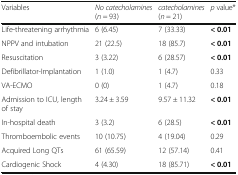
| Variables | No catecholamines(n = 93) | catecholamines(n = 21) | p value* |
 | --- | --- | --- | --- |
 | Life-threatening arrhythmia | 6 (6.45) | 7 (33.33) | < 0.01 |
 | NPPV and intubation | 21 (22.5) | 18 (85.7) | < 0.01 |
 | Resuscitation | 3 (3.22) | 6 (28.57) | < 0.01 |
 | Defibrillator-Implantation | 1 (1.0) | 1 (4.7) | 0.33 |
 | VA-ECMO | 0 (0) | 1 (4.7) | 0.18 |
 | Admission to ICU, length of stay | 3.24 ± 3.59 | 9.57 ± 11.32 | < 0.01 |
 | In-hospital death | 3 (3.2) | 6 (28.5) | < 0.01 |
 | Thromboembolic events | 10 (10.75) | 4 (19.04) | 0.29 |
 | Acquired Long QTs | 61 (65.59) | 12 (57.14) | 0.41 |
 | Cardiogenic Shock | 4 (4.30) | 18 (85.71) | < 0.01 |